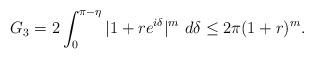
LaTeX: \begin{align*}G_{3}=2\int_{0}^{\pi-\eta}|1+re^{i\delta}|^{m}\ d\delta\leq2\pi(1+r)^{m}.\end{align*}